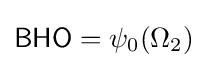
{\mathsf {BHO}}=\psi _{0}(\Omega _{2})